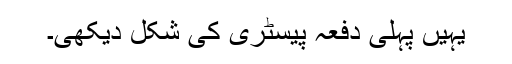
یہیں پہلی دفعہ پیسٹری کی شکل دیکھی۔